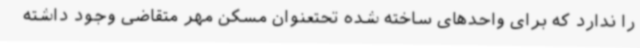
را ندارد که برای واحدهای ساخته شده تحتعنوان مسکن مهر متقاضی وجود داشته